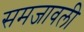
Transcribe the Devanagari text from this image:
समजावली